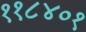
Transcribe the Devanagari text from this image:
११८४०१